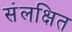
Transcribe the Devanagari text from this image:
संलक्षित